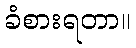
ခံစားရတာ။